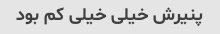
پنیرش خیلی خیلی کم بود